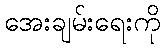
အေးချမ်းရေးကို